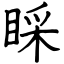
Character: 睬